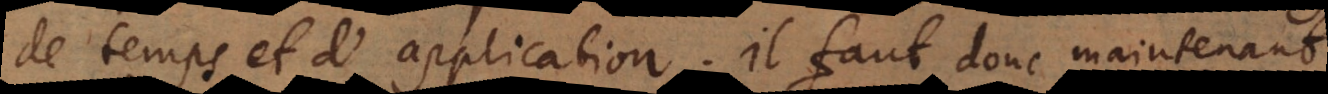
de temps et d’application. Il faut donc maintenant